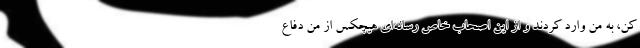
کن، به من وارد کردند و از این اصحاب خاص رسانه‌ای هیچکس از من دفاع